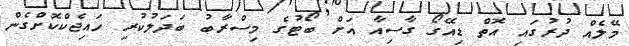
މޭލެއް ދުރުގައި އޮތް ޑިއޭގޯ ގާސިއާ އަށް ބޯޓުގެ މިސްރާބު ބަދަލުކުރި ހައިޖެކްކޮށްގެން